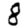
Digit: 8